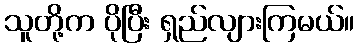
သူတို့က ပိုပြီး ရှည်လျားကြမယ်။